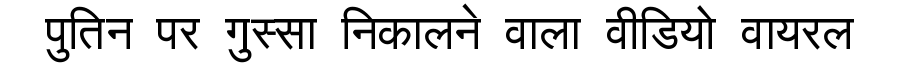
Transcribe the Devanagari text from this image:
पुतिन पर गुस्सा निकालने वाला वीडियो वायरल